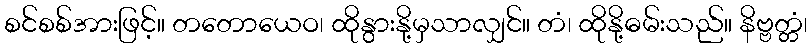
စင်စစ်အားဖြင့်။ တတောယေဝ၊ ထိုနွားနို့မှသာလျှင်။ တံ၊ ထိုနို့ဓမ်းသည်။ နိဗ္ဗတ္တံ၊